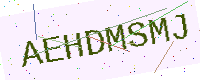
Text: AEHDMSMJ